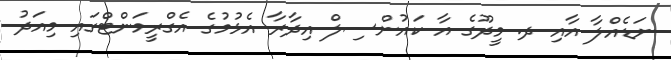
ނަޑެއްލާ އާއި ދ. މީދޫގެ އާ ކައުންސިލް އިދާރާ އެޅުމުގެ އެގްރީމަންޓްގައި މިއަދު